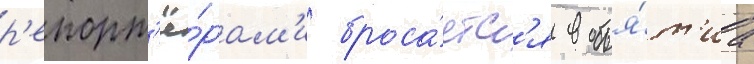
р'епорт'ё́рам'и броса́етс'я в объя́т'иа